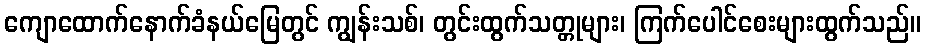
ကျောထောက်နောက်ခံနယ်မြေတွင် ကျွန်းသစ်၊ တွင်းထွက်သတ္တုများ၊ ကြက်ပေါင်စေးများထွက်သည်။